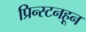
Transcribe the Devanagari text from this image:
प्रिन्स्टनहून